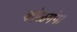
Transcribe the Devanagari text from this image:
कोळगंगा